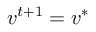
{ \boldsymbol { v } } ^ { t + 1 } = { \boldsymbol { v } } ^ { * }